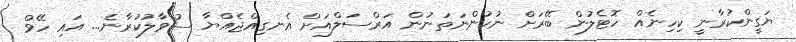
ޔަގީންކުރާނީ ކިހިނެއް ހޮޓެލުން ބޭރަށް ނުކުންނަތަނުން އަރްސަލްއަށް އެނގިއްޖެއްޔާ ސުވާލުކުރާނެ... އައި ހޭވް